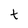
Character: t